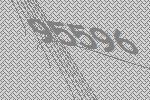
95596